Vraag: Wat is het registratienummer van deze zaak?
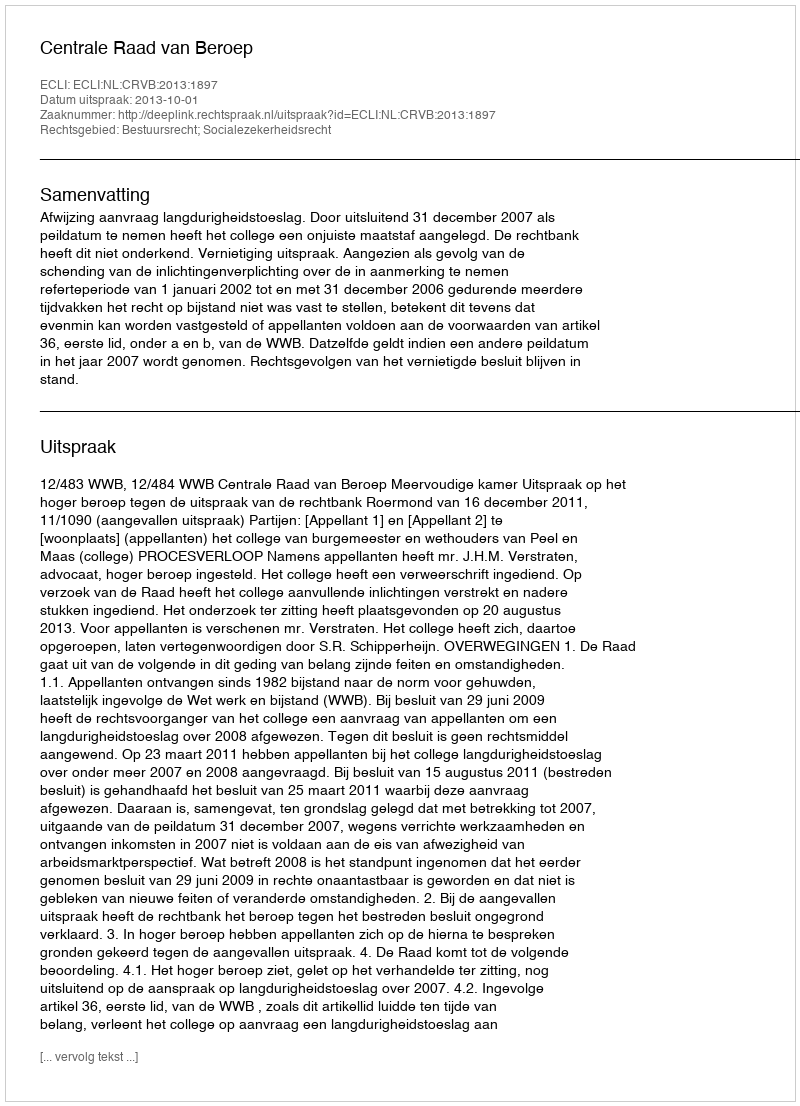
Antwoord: http://deeplink.rechtspraak.nl/uitspraak?id=ECLI:NL:CRVB:2013:1897